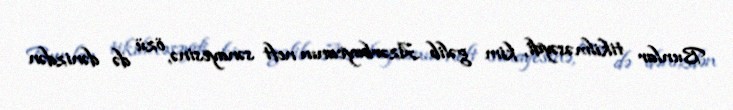
Bunlar tikilməsəydi, kim gəlib Azərbaycanın neft sənayesinə, özü də dənizdən